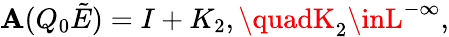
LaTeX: \mathbf{A}(Q_{0}\tilde{{E}})=I+K_{2},\quadK_{2}\inL^{-\infty},